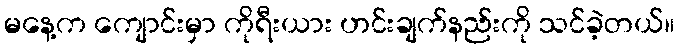
မနေ့က ကျောင်းမှာ ကိုရီးယား ဟင်းချက်နည်းကို သင်ခဲ့တယ်။